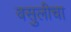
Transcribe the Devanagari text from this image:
वसुलीचा